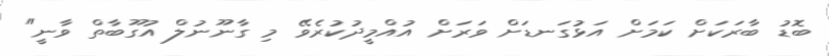
ބޮޑު ބާރަކަށް ކަމަށް އަޅުގަނޑަށް ވަރަށް އުއްމީދުކުރެވޭ މި ގާނޫނުލް އުގޫބާތް ވާނީ"